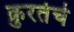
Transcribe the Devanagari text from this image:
क्रुरतेचे